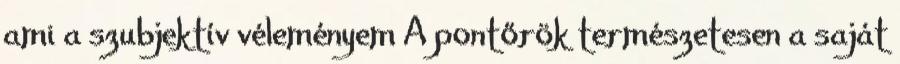
ami a szubjektív véleményem A pontőrök természetesen a saját